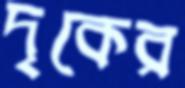
দৃকের